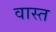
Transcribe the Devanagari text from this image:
वास्त